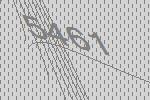
5461